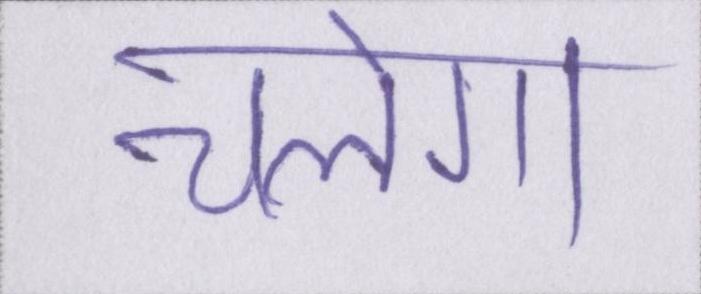
चलेगा